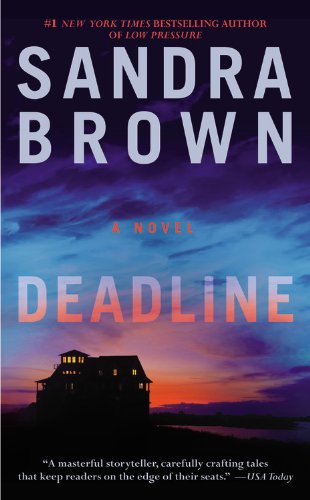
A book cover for Deadline; Sandra Brown; Literature & Fiction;